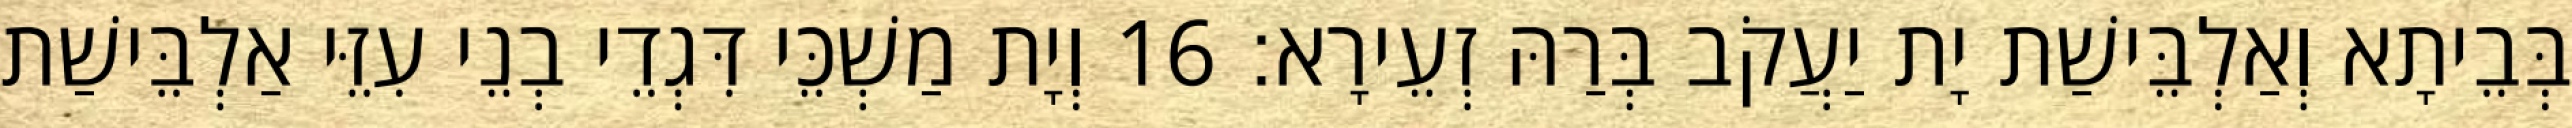
בְּבֵיתָא וְאַלְבֵּישַׁת יָת יַעֲקֹב בְּרַהּ זְעֵירָא׃ 16 וְיָת מַשְׁכֵּי דִּגְדֵי בְנֵי עִזֵּי אַלְבֵּישַׁת